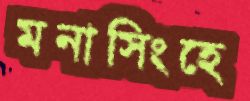
মনাসিংহে